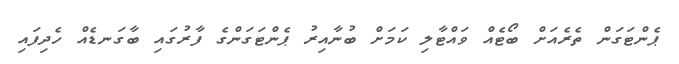
ޕެންޓަގަން ތެރެއަށް ބޯޓެއް ވައްޓާލި ކަމަށް ބުނާއިރު ޕެންޓަގަންގެ ފާރުގައި ބާގަނޑެއް ހެދިފައި